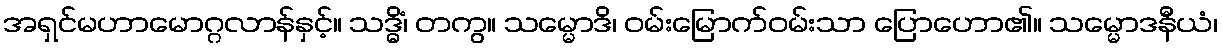
အရှင်မဟာမောဂ္ဂလာန်နှင့်။ သဒ္ဓိံ၊ တကွ။ သမ္မောဒိ၊ ဝမ်းမြောက်ဝမ်းသာ ပြောဟော၏။ သမ္မောဒနီယံ၊